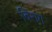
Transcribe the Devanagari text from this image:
बिराग